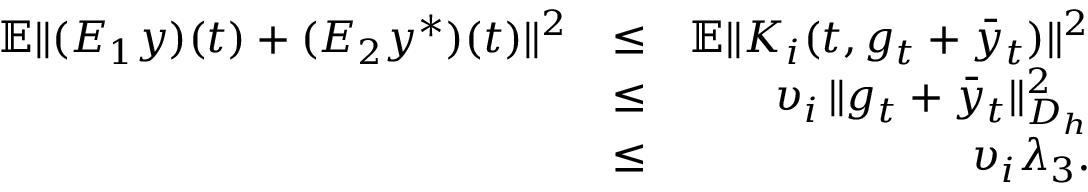
\begin{array} { r l r } { \mathbb { E } \| ( { \cal E } _ { 1 } y ) ( t ) + ( { \cal E } _ { 2 } y ^ { * } ) ( t ) \| ^ { 2 } } & { \leq } & { \mathbb { E } \| { \cal K } _ { i } ( t , g _ { t } + \bar { y } _ { t } ) \| ^ { 2 } } \\ & { \leq } & { \upsilon _ { i } \, \| g _ { t } + \bar { y } _ { t } \| _ { { \cal D } _ { h } } ^ { 2 } } \\ & { \leq } & { \upsilon _ { i } \lambda _ { 3 } . } \end{array}